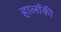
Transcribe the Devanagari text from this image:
हालाँकी